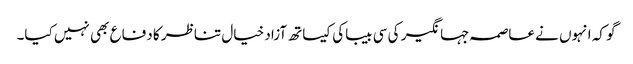
گو کہ انہوں نے عاصمہ جہانگیر کی سی بیباکی کیساتھ آزاد خیال تناظر کا دفاع بھی نہیں کیا۔